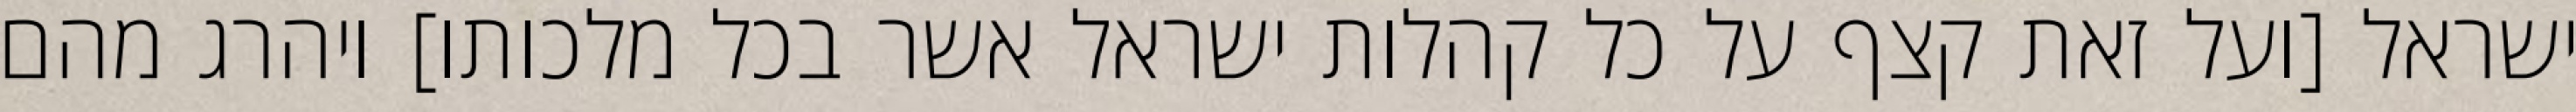
ישראל [ועל זאת קצף על כל קהלות ישראל אשר בכל מלכותו] ויהרג מהם